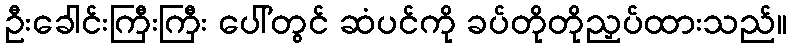
ဦးခေါင်းကြီးကြီး ပေါ်တွင် ဆံပင်ကို ခပ်တိုတိုညှပ်ထားသည်။